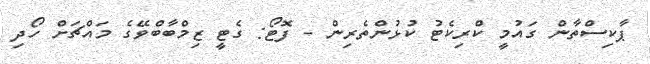
ޕާކިސްތާން ގައުމީ ކްރިކެޓު ކުޅުންތެރިން - ފޮޓޯ: ގެޓީ ޒިމްބާބްވޭގެ މައްޗަށް ހޯދި